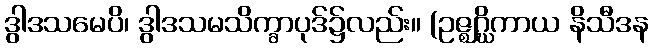
ဒွါဒသမေပိ၊ ဒွါဒသမသိက္ခာပုဒ်၌လည်း။ (ဥဇ္ဈဂ္ဃိကာယ နိသီဒန